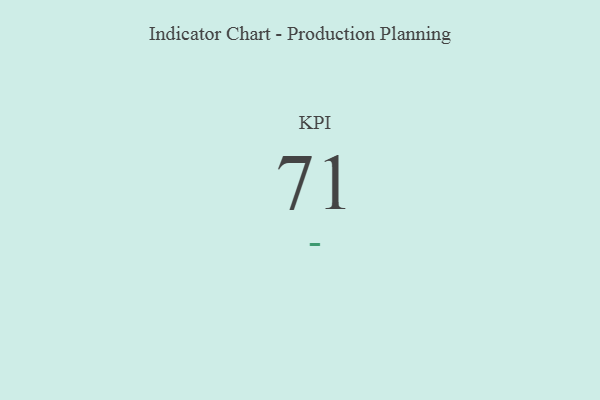
{"axis": {"x": "KPI", "y": "Value"}, "legend": [""], "data": [{"x": "KPI", "y": 71, "type": ""}]}